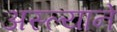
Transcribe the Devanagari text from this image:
अस्ल्याने